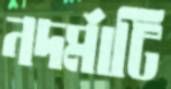
নদর্মাটি